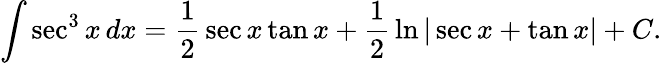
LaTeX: \int\sec^{3}{x}\, dx={\frac{1}{2}}\sec x\tan x+{\frac{1}{2}}\ln|\sec x+\tan x|+C.